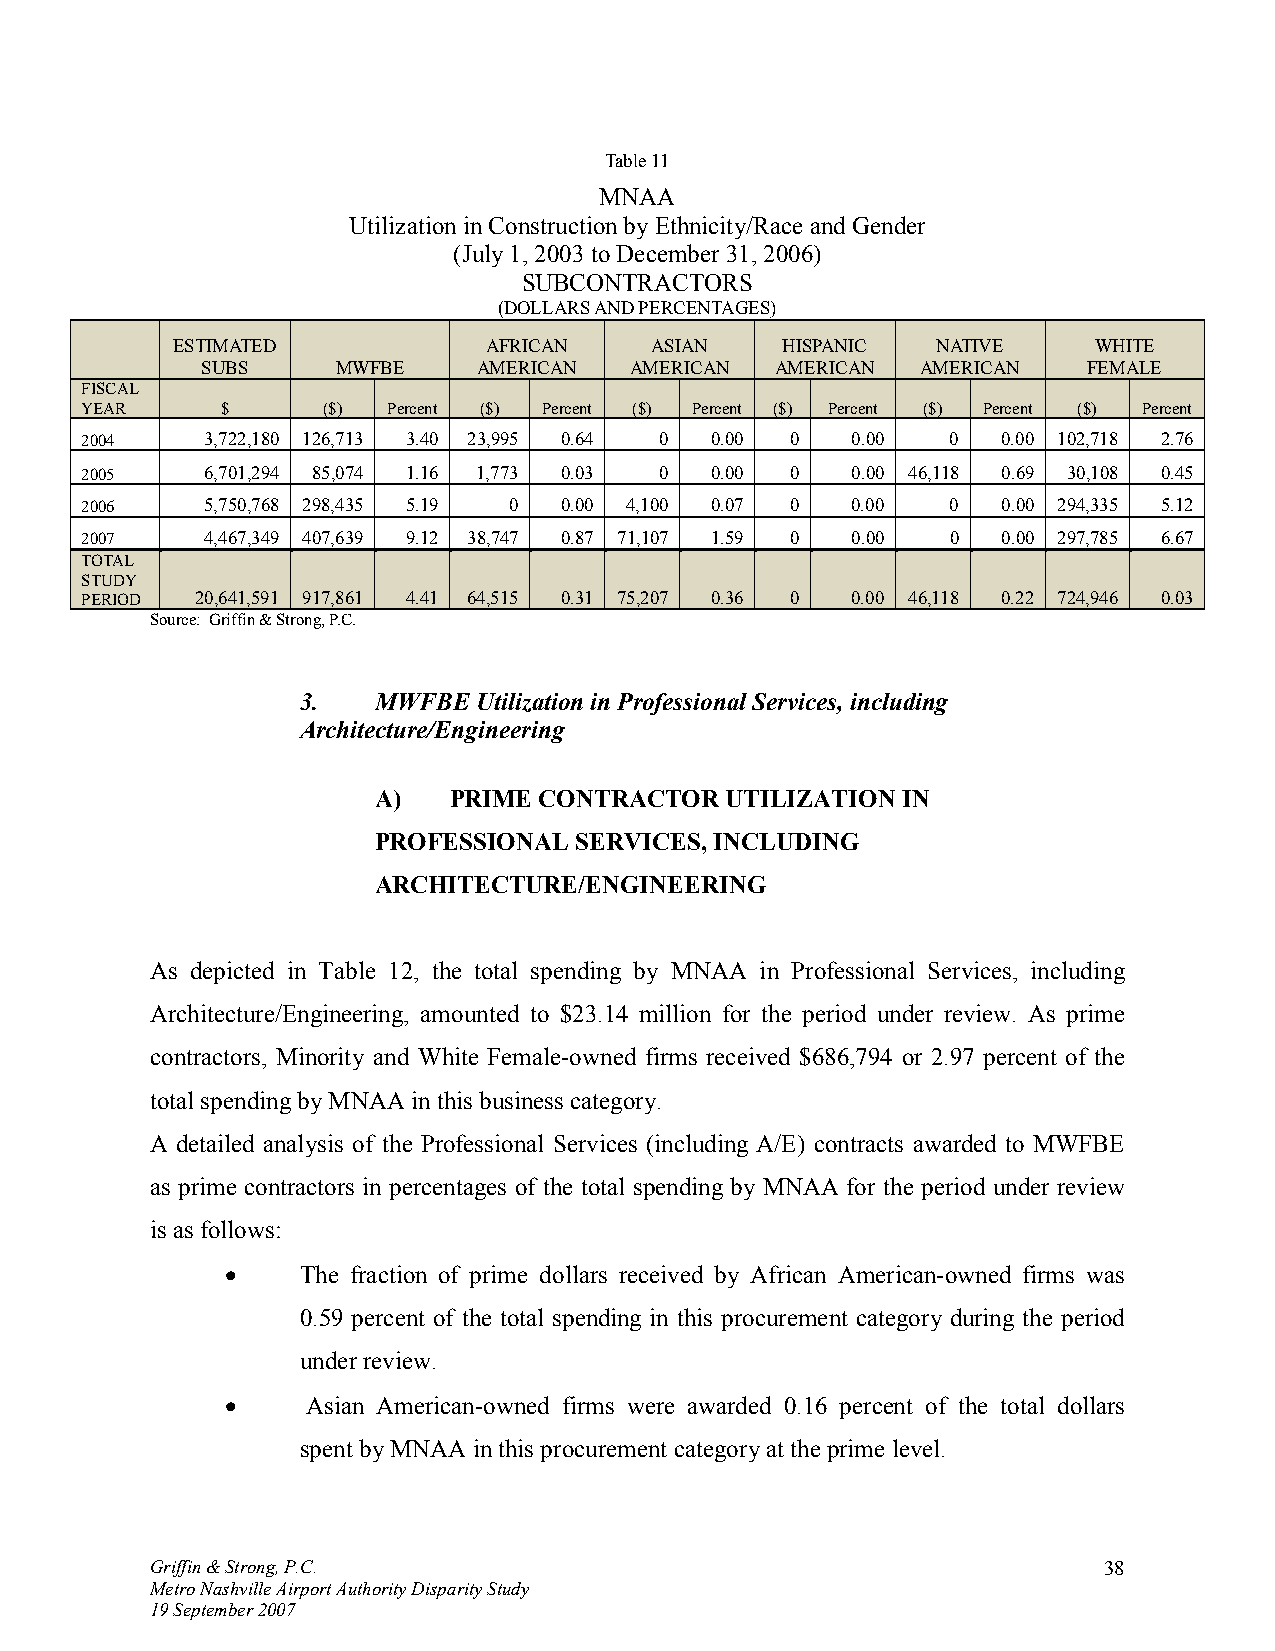
Table 11
 MNAA
 Utilization in Construction by Ethnicity/Race and Gender
 (July 1, 2003 to December 31, 2006)
 SUBCONTRACTORS
 (DOLLARS AND PERCENTAGES)
 ESTIMATED            AFRICAN    ASIAN    HISPANIC  NATIVE    WHITE
 SUBS     MWFBE     AMERICAN  AMERICAN AMERICAN  AMERICAN   FEMALE
 FISCAL
 YEAR      $     ($)  Percent ($) Percent ($) Percent ($) Percent ($) Percent ($) Percent
 2004     3,722,180 126,713 3.40 23,995 0.64 0 0.00 0 0.00 0  0.00 102,718 2.76
 2005     6,701,294 85,074 1.16 1,773 0.03 0 0.00 0 0.00 46,118 0.69 30,108 0.45
 2006     5,750,768 298,435 5.19 0 0.00 4,100 0.07 0 0.00  0  0.00 294,335 5.12
 2007     4,467,349 407,639 9.12 38,747 0.87 71,107 1.59 0 0.00 0 0.00 297,785 6.67
 TOTAL
 STUDY
 PERIOD  20,641,591 917,861 4.41 64,515 0.31 75,207 0.36 0 0.00 46,118 0.22 724,946 0.03
 Source: Griffin & Strong, P.C.
 3.   MWFBE  Utilization in Professional Services, including
 Architecture/Engineering
 A)   PRIME CONTRACTOR  UTILIZATION IN
 PROFESSIONAL SERVICES, INCLUDING
 ARCHITECTURE/ENGINEERING
 As depicted in Table 12, the total spending by MNAA in Professional Services, including
 Architecture/Engineering, amounted to $23.14 million for the period under review. As prime
 contractors, Minority and White Female-owned firms received $686,794 or 2.97 percent of the
 total spending by MNAA in this business category.
 A detailed analysis of the Professional Services (including A/E) contracts awarded to MWFBE
 as prime contractors in percentages of the total spending by MNAA for the period under review
 is as follows:
 •    The fraction of prime dollars received by African American-owned firms was
 0.59 percent of the total spending in this procurement category during the period
 under review.
 •    Asian American-owned firms were awarded 0.16 percent of the total dollars
 spent by MNAA in this procurement category at the prime level.
 Griffin & Strong, P.C.                                         38
 Metro Nashville Airport Authority Disparity Study
 19 September 2007